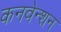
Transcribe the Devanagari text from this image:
कनवेन्शन